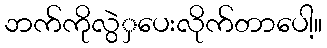
ဘက်ကိုလွဲှပေးလိုက်တာပေါ့။